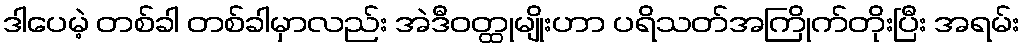
ဒါပေမဲ့ တစ်ခါ တစ်ခါမှာလည်း အဲဒီဝတ္ထုမျိုးဟာ ပရိသတ်အကြိုက်တိုးပြီး အရမ်း